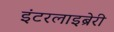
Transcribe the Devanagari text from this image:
इंटरलाइब्रेरी